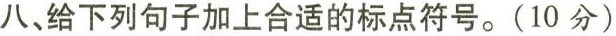
八、给下列句子加上合适的标点符号。(10分)